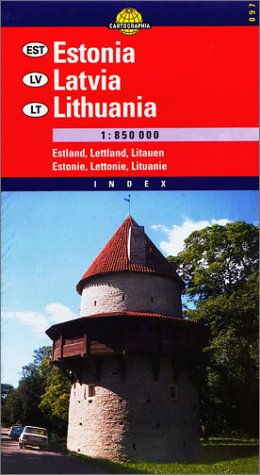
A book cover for Lithuania Estonia Latvia (Cartographia European Road Map); Cartographia Ltd.; Travel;